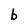
Character: b